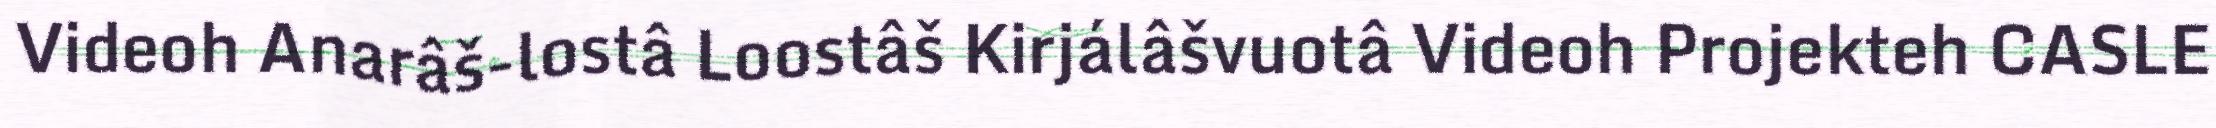
Videoh Anarâš-lostâ Loostâš Kirjálâšvuotâ Videoh Projekteh CASLE